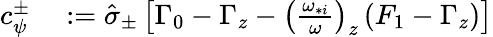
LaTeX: \begin{array}{rl}{c_{\psi}^{\pm}}&{{}:=\hat{\sigma}_{\pm}\left[\Gamma_{0}-\Gamma_{z}-\left(\frac{\omega_{*i}}{\omega}\right)_{z}\left(F_{1}-\Gamma_{z}\right)\right]}\end{array}